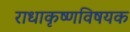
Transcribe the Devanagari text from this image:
राधाकृष्णविषयक